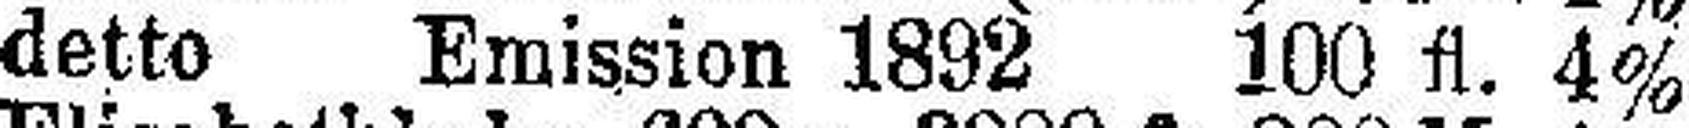
detto Emission 1892 100 fl. 4%